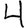
Digit: 4